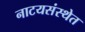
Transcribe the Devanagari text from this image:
नाटयसंस्थेत